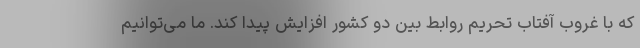
که با غروب آفتاب تحریم روابط بین دو کشور افزایش پیدا کند. ما می‌توانیم